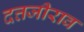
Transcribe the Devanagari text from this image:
दत्तजीराव